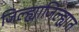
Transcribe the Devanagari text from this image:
जिल्ह्याजिल्ह्यात